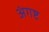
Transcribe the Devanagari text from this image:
अंगष्ट